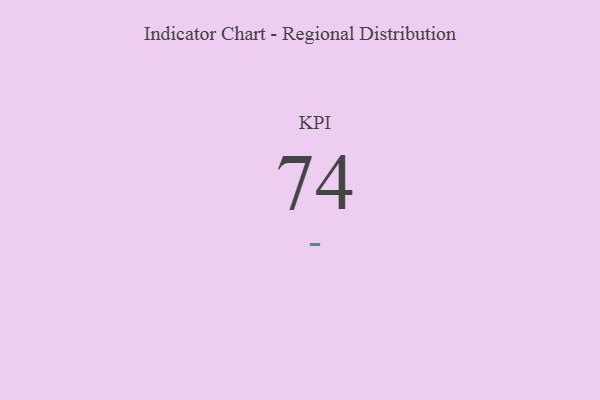
{"axis": {"x": "KPI", "y": "Value"}, "legend": [""], "data": [{"x": "KPI", "y": 74, "type": ""}]}